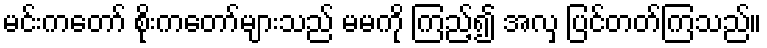
မင်းကတော် စိုးကတော်များသည် မမကို ကြည့်၍ အလှ ပြင်တတ်ကြသည်။